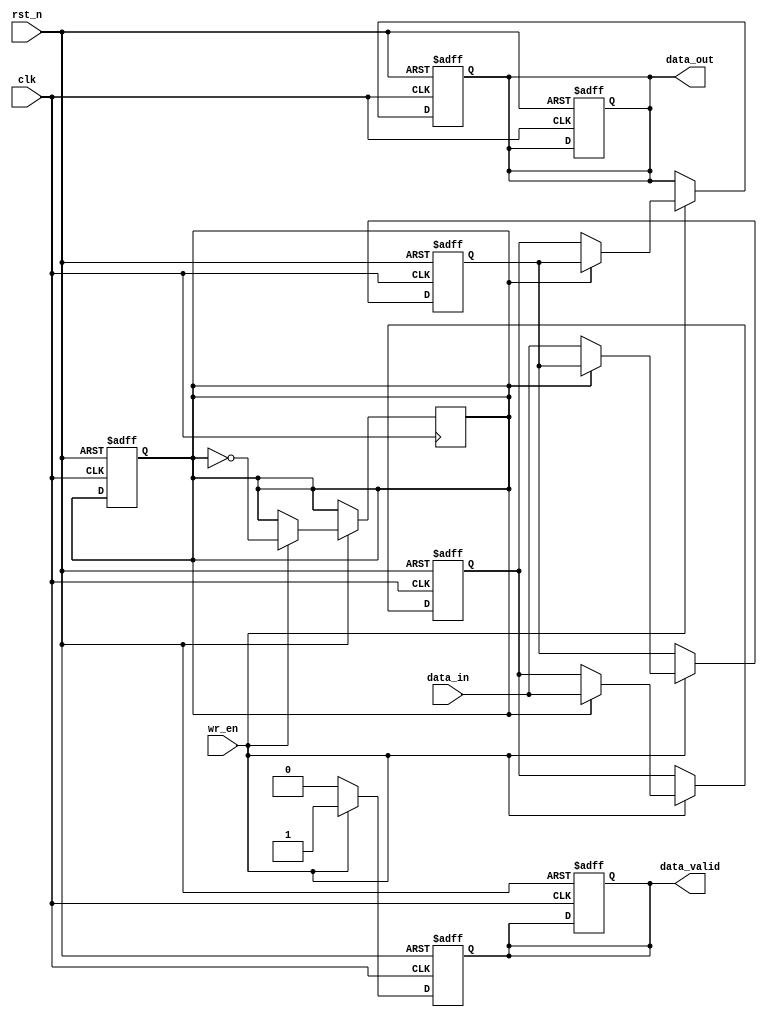
module double_buffer_register (
    input wire clk,                // Clock signal
    input wire rst_n,              // Active low reset
    input wire wr_en,              // Write enable signal
    input wire [7:0] data_in,      // Data input
    output reg [7:0] data_out,     // Data output
    output reg data_valid          // Data valid signal
);

    // Buffer declarations
    reg [7:0] buffer_a;            // Buffer A
    reg [7:0] buffer_b;            // Buffer B
    reg active_buffer;             // 0 for Buffer A, 1 for Buffer B

    // Write operation
    always @(posedge clk or negedge rst_n) begin
        if (!rst_n) begin
            buffer_a <= 8'b0;       // Reset Buffer A
            buffer_b <= 8'b0;       // Reset Buffer B
            active_buffer <= 1'b0;   // Start with Buffer A
            data_out <= 8'b0;        // Reset output
            data_valid <= 1'b0;      // Reset data valid signal
        end else if (wr_en) begin
            if (active_buffer == 1'b0) begin
                buffer_a <= data_in; // Write to Buffer A
            end else begin
                buffer_b <= data_in; // Write to Buffer B
            end
        end
    end

    // Buffer switching and read operation
    always @(posedge clk or negedge rst_n) begin
        if (!rst_n) begin
            data_out <= 8'b0;        // Reset output
            data_valid <= 1'b0;      // Reset data valid signal
        end else begin
            // Switch active buffer after write operation
            if (wr_en) begin
                active_buffer <= ~active_buffer; // Toggle active buffer
                // Set output to the buffer that is not currently being written to
                if (active_buffer == 1'b0) begin
                    data_out <= buffer_b;      // Read from Buffer B
                end else begin
                    data_out <= buffer_a;      // Read from Buffer A
                end
                data_valid <= 1'b1;            // Assert data valid signal
            end else begin
                data_valid <= 1'b0;            // Deassert data valid if not writing
            end
        end
    end

endmodule